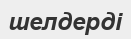
шелдерді